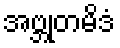
အဗ္ဘုတမိဒံ